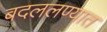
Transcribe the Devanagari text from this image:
बदललण्यात